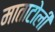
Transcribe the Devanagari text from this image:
माताटोली